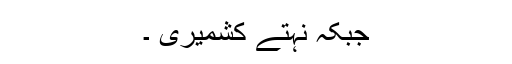
جبکہ نہتے کشمیری ۔